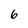
Character: 6